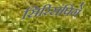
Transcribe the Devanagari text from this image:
सिरिसंपिगे